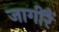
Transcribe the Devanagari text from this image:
जागीरैं